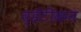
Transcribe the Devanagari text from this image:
व्हॅटीकन